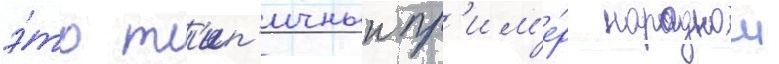
э́то т'ип'ичныи пр'им'е́р народнои